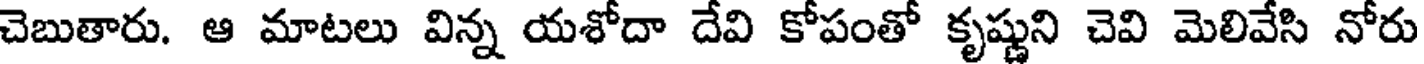
చెబుతారు. ఆ మాటలు విన్న యశోదా దేవి కోపంతో కృష్ణుని చెవి మెలివేసి నోరు